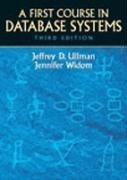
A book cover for A First Course in Database Systems (3rd Edition); Jeffrey D. Ullman; Computers & Technology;